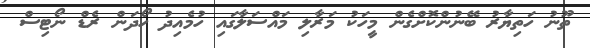
ތޫނު ހަތިޔާރު ބޭނުންކޮށްގެން މީހަކު މަރާލި މައްސަލާގައި ހުމެއިދު ހޯދަން ރެޑް ނޯޓިސް